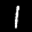
Label: 1